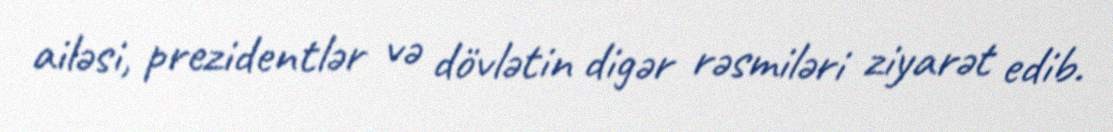
ailəsi, prezidentlər və dövlətin digər rəsmiləri ziyarət edib.